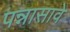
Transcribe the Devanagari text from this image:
पन्नासावे